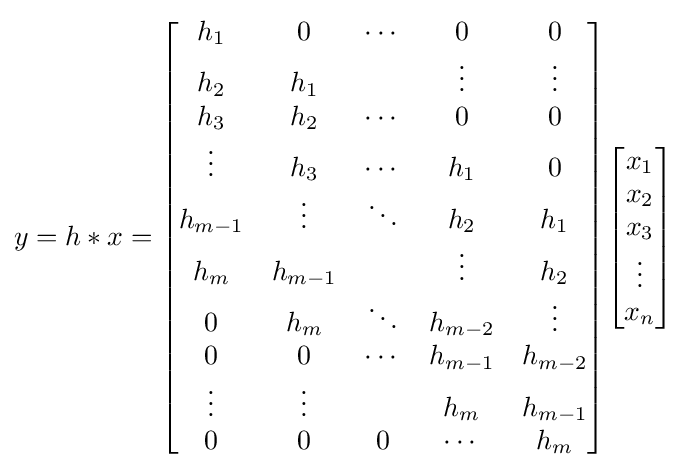
y=h\ast x={\begin{bmatrix}h_{1}&0&\cdots &0&0\\h_{2}&h_{1}&&\vdots &\vdots \\h_{3}&h_{2}&\cdots &0&0\\\vdots &h_{3}&\cdots &h_{1}&0\\h_{m-1}&\vdots &\ddots &h_{2}&h_{1}\\h_{m}&h_{m-1}&&\vdots &h_{2}\\0&h_{m}&\ddots &h_{m-2}&\vdots \\0&0&\cdots &h_{m-1}&h_{m-2}\\\vdots &\vdots &&h_{m}&h_{m-1}\\0&0&0&\cdots &h_{m}\end{bmatrix}}{\begin{bmatrix}x_{1}\\x_{2}\\x_{3}\\\vdots \\x_{n}\end{bmatrix}}